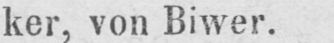
ker, von Biwer.